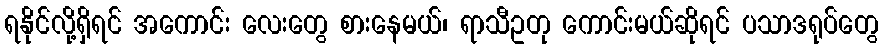
ရနိုင်လို့ရှိရင် အကောင်း လေးတွေ စားနေမယ်၊ ရာသီဥတု ကောင်းမယ်ဆိုရင် ပသာဒရုပ်တွေ